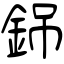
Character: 銱